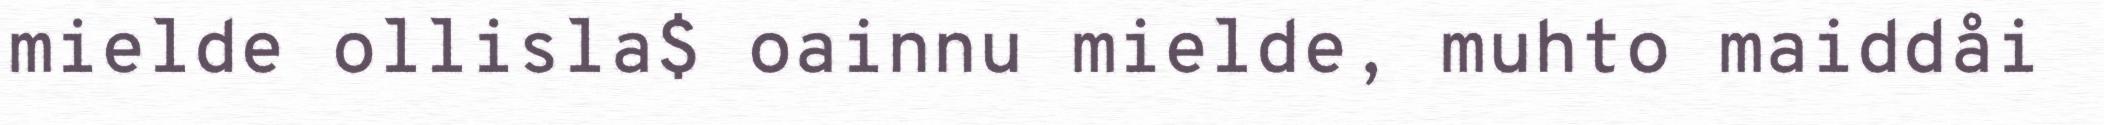
mielde ollisla$ oainnu mielde, muhto maiddåi